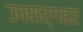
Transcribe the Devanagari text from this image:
उपसर्गहर